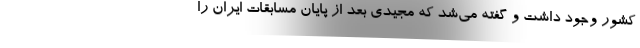
کشور وجود داشت و گفته می‌شد که مجیدی بعد از پایان مسابقات ایران را